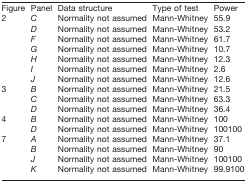
| Figure | Panel | Data structure | Type of test | Power |
 | --- | --- | --- | --- | --- |
 | 2 | C | Normality not assumed | Mann-Whitney | 55.9 |
 |  | D | Normality not assumed | Mann-Whitney | 53.2 |
 |  | F | Normality not assumed | Mann-Whitney | 61.7 |
 |  | G | Normality not assumed | Mann-Whitney | 10.7 |
 |  | H | Normality not assumed | Mann-Whitney | 12.3 |
 |  | I | Normality not assumed | Mann-Whitney | 2.6 |
 |  | J | Normality not assumed | Mann-Whitney | 12.6 |
 | 3 | B | Normality not assumed | Mann-Whitney | 21.5 |
 |  | C | Normality not assumed | Mann-Whitney | 63.3 |
 |  | D | Normality not assumed | Mann-Whitney | 36.4 |
 | 4 | B | Normality not assumed | Mann-Whitney | 100 |
 |  | D | Normality not assumed | Mann-Whitney | 100100 |
 | 7 | A | Normality not assumed | Mann-Whitney | 37.1 |
 |  | B | Normality not assumed | Mann-Whitney | 90 |
 |  | J | Normality not assumed | Mann-Whitney | 100100 |
 |  | K | Normality not assumed | Mann-Whitney | 99.9100 |